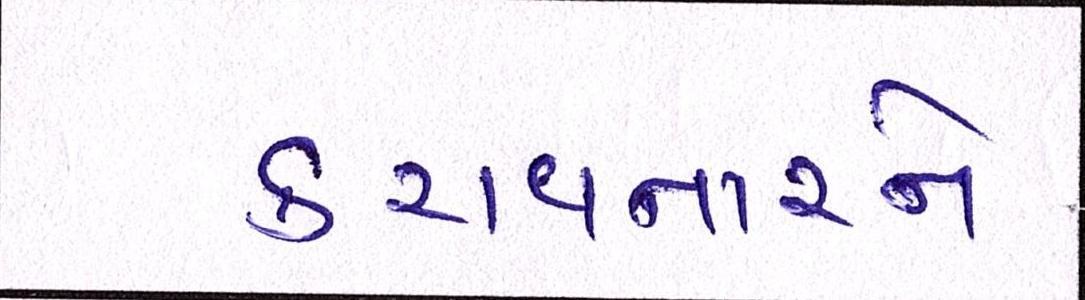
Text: કરાવનારને